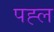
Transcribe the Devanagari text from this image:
पह्ल